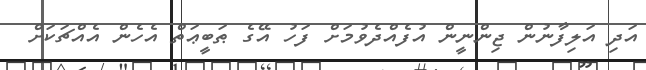
އަދި އަލިފާނުން ޖިންނީން އުފެއްދެވުމަށް ފަހު އޭގެ ޠަބީޢަތް އެހެން އެއްޗަކަށް